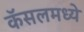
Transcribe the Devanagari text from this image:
कॅसलमध्ये